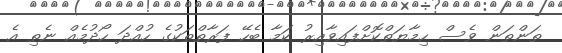
ތަންތަން ވެސް ހިމާޔަތްކޮށްފައިވާއިރު ކަމާ ބެހޭ ފަރާތްތަކުގެ ހުއްދަ ހޯދުމެއް ނެތި އެ